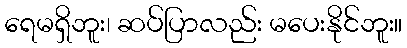
ရေမရှိဘူး၊ ဆပ်ပြာလည်း မပေးနိုင်ဘူး။